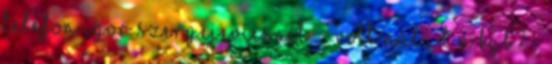
telefon Igor Szergejevicsnél: - Volt nálad a KGB? -